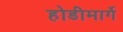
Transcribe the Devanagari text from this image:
होडीमार्गे